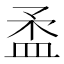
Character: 𥁪